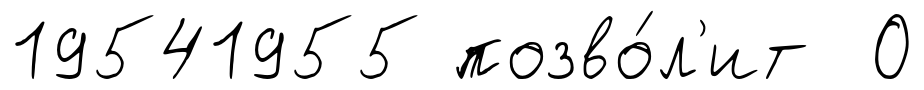
19541955 позво́л'ит О